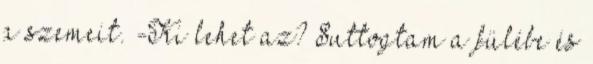
a szemeit. -Ki lehet az? Suttogtam a fülébe és